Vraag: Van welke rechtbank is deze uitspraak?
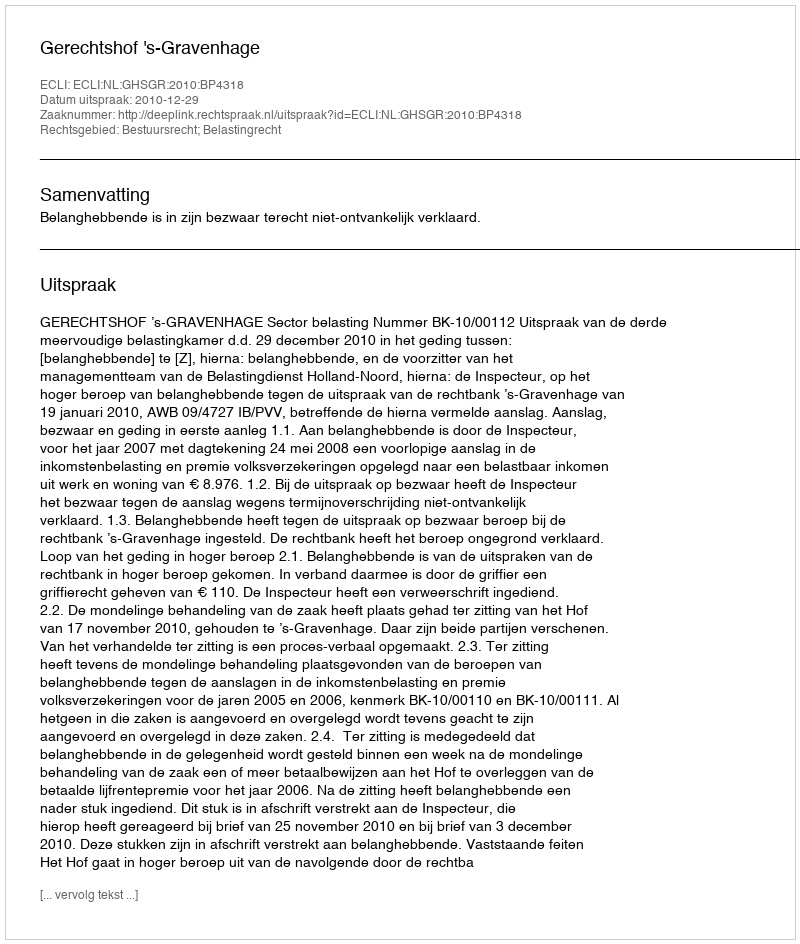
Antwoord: Gerechtshof 's-Gravenhage